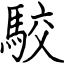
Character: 駮